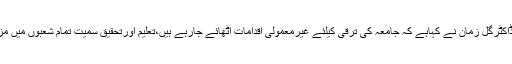
15 نومبر2018ء) ملاکنڈ یونیورسٹی کے وائس چانسلرپروفیسرڈاکٹرگل زمان نے کہاہے کہ جامعہ کی ترقی کیلئے غیرمعمولی اقدامات اٹھائے جارہے ہیں،تعلیم اورتحقیق سمیت تمام شعبوں میں مزیدبہتری لانے کیلئے تمام تروسائل بروئے کارلائے جارہے ہیں۔